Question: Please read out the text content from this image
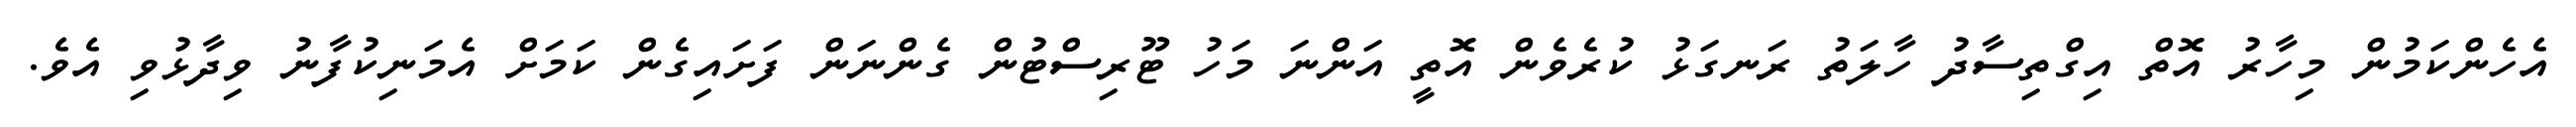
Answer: އެހެންކަމުން މިހާރު އޮތް އިގްތިސާދު ހާލަތު ރަނގަޅު ކުރެވެން އޮތީ އަންނަ މަހު ޓޫރިސްޓުން ގެންނަން ފަށައިގެން ކަމަށް އެމަނިކުފާނު ވިދާޅުވި އެވެ.